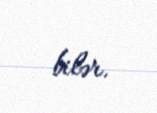
bilər.